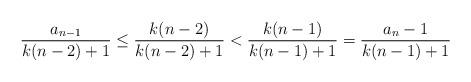
LaTeX: \begin{align*}\frac{a_{n-1}}{k(n-2)+1}\leq \frac{k(n-2)}{k(n-2)+1}<\frac{k(n-1)}{k(n-1)+1}=\frac{a_n-1}{k(n-1)+1}\end{align*}